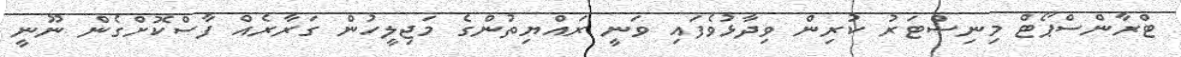
ޓްރާންސްޕޯޓް މިނިސްޓަރު ކުރިން ވިދާޅުވެފައި ވަނީ ރައްޔިތުންގެ މަޖިލީހުން ގަރާރެއް ފާސްކޮށްގެން ނޫނީ